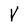
Character: V